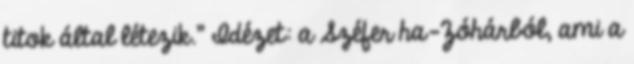
titok által létezik.” Idézet: a Széfer ha-Zóhárból, ami a